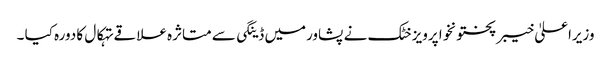
وزیراعلیٰ خیبر پختونخوا پرویز خٹک نے پشاورمیں ڈینگی سے متاثرہ علاقے تہکال کا دورہ کیا ۔